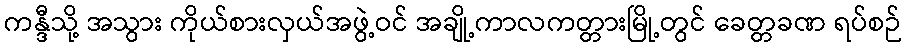
ကန္ဒီသို့ အသွား ကိုယ်စားလှယ်အဖွဲ့ဝင် အချို့ကာလကတ္တားမြို့တွင် ခေတ္တခဏ ရပ်စဉ်